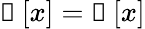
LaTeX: \boldsymbol{\mathscr{g}}\left[\mathcal{x}\right]=\boldsymbol{\mathscr{e}}\left[\mathcal{x}\right]